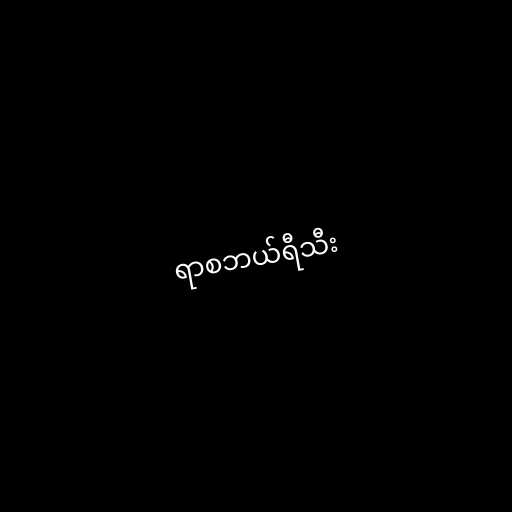
ရာစဘယ်ရီသီး